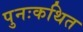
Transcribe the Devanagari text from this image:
पुनःकथित